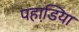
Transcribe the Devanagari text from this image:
पहाडि़या